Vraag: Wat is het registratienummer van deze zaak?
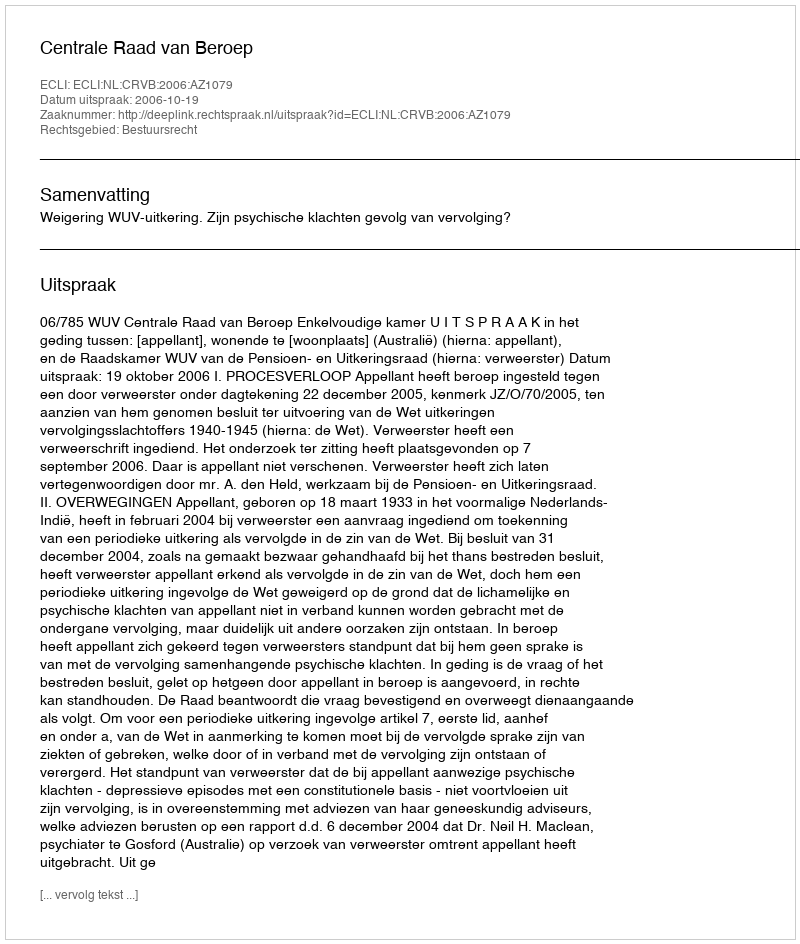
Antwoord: http://deeplink.rechtspraak.nl/uitspraak?id=ECLI:NL:CRVB:2006:AZ1079